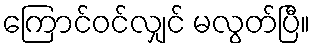
ကြောင်ဝင်လျှင် မလွတ်ပြီ။